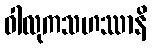
ဝါလုကသဟဿာနိ